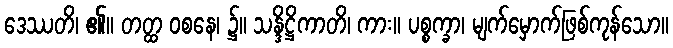
ဒေဿတိ၊ ၏။ တတ္ထ ဝစနေ၊ ၌။ သန္ဒိဋ္ဌိကာတိ၊ ကား။ ပစ္စက္ခာ၊ မျက်မှောက်ဖြစ်ကုန်သော။